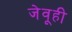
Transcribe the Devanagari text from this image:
जेवूही